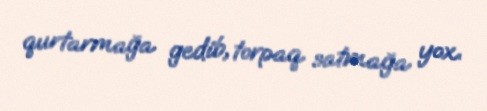
qurtarmağa gedib, torpaq satmağa yox.